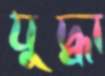
যুদ্ধা